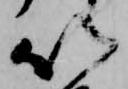
以